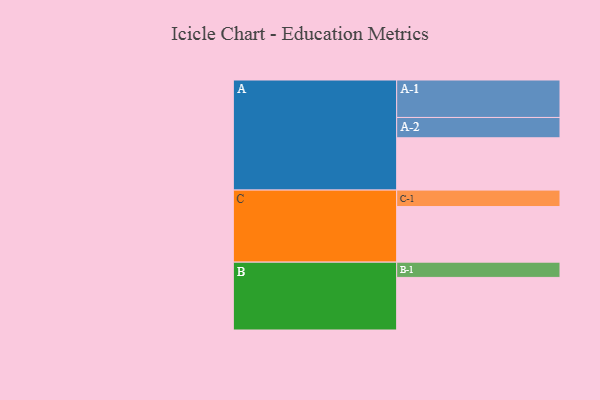
{"axis": {"x": "Segment", "y": "Value"}, "legend": ["", "A", "B", "C"], "data": [{"x": "A", "y": 384, "type": ""}, {"x": "B", "y": 386, "type": ""}, {"x": "C", "y": 408, "type": ""}, {"x": "A-1", "y": 275, "type": "A"}, {"x": "A-2", "y": 149, "type": "A"}, {"x": "B-1", "y": 112, "type": "B"}, {"x": "C-1", "y": 121, "type": "C"}]}